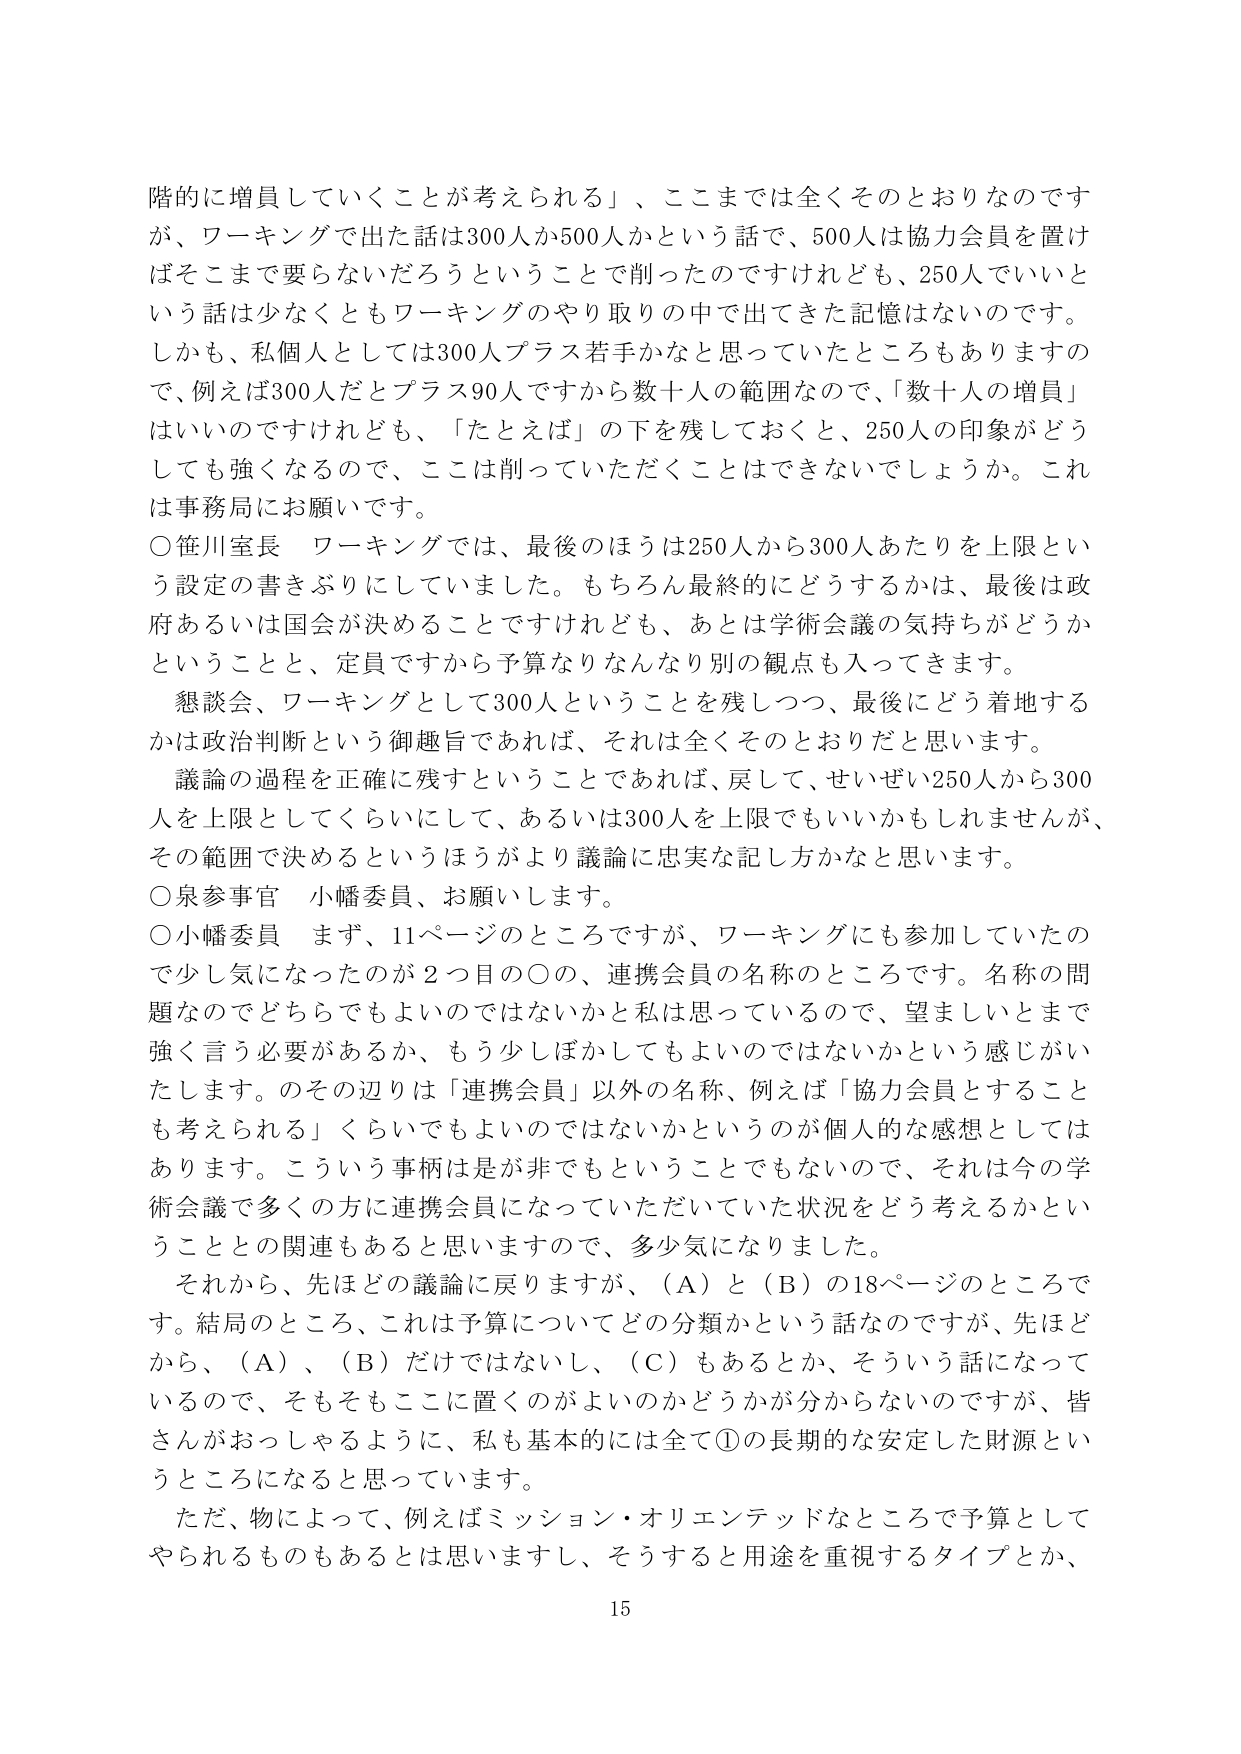
階的に増員していくことが考えられる」、ここまでは全くそのとおりなのです
が、ワーキングで出た話は300人か500人かという話で、500人は協力会員を置け
ばそこまで要らないだろうということで削ったのですけれども、250人でいいと
いう話は少なくともワーキングのやり取りの中で出てきた記憶はないのです。
しかも、私個人としては300人プラス若手かなと思っていたところもありますの
で、例えば300人だとプラス90人ですから数十人の範囲なので、「数十人の増員」
はいいのですけれども、「たとえば」の下を残しておくと、250人の印象がどう
しても強くなるので、ここは削っていただくことはできないでしょうか。これ
は事務局にお願いです。
○笹川室長 ワーキングでは、最後のほうは250人から300人あたりを上限とい
う設定の書きぶりにしていました。もちろん最終的にどうするかは、最後は政
府あるいは国会が決めることですけれども、あとは学術会議の気持ちがどうか
ということと、定員ですから予算なりなんなり別の観点も入ってきます。
懇談会、ワーキングとして300人ということを残しつつ、最後にどう着地する
かは政治判断という御趣旨であれば、それは全くそのとおりだと思います。
議論の過程を正確に残すということであれば、戻して、せいぜい250人から300
人を上限としてくらいにして、あるいは300人を上限でもいいかもしれませんが、
その範囲で決めるというほうがより議論に忠実な記し方かなと思います。
○泉参事官 小幡委員、お願いします。
○小幡委員 まず、11ページのところですが、ワーキングにも参加していたの
で少し気になったのが2つ目の○の、連携会員の名称のところです。名称の問
題なのでどちらでもよいのではないかとは思っているので、望ましいとまで
強く言う必要があるか、もう少しほかしてもよいのではないかという感じがい
たします。そのの辺りは「連携会員」以外の名称、例えば「協力会員とすること
も考えられる」くらいでもよいのではないかというのが個人的な感想としては
あります。こういう事柄は是が非でもということでもないので、それは今の学
術会議で多くの方に連携会員になっていただいている状況をどう考えるかとい
うこととの関連もあると思いますので、多少気になりました。
それから、先ほどの議論に戻りますが、（A）と（B）の18ページのところで
す。結局のところ、これは予算についてどの分類かという話なのですが、先ほど
から、（A）、（B）だけではないし、（C）もあるとか、そういう話になって
いるので、そもそもどこに置くのがよいのかどうかが分からないのですが、皆
さんがおっしゃるように、私も基本的には全て①の長期的な安定した財源とい
うところになると思っています。
ただ、物によって、例えばミッション・オリエンテッドなところで予算として
やられるものもあるとは思いますし、そうすると用途を重視するタイプとか、
15